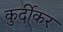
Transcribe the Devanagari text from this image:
कुर्दीकर